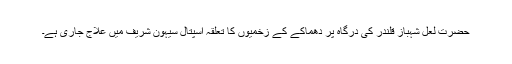
حضرت لعل شہباز قلندر کی درگاہ پر دھماکے کے زخمیوں کا تعلقہ اسپتال سیہون شریف میں علاج جاری ہے۔